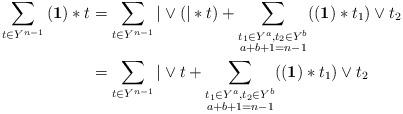
LaTeX: \begin{align*} \sum_{t\in Y^{n-1}} \mathbf{(1)}\ast t &= \sum_{t\in Y^{n-1}}|\vee (|\ast t) + \sum_{\substack{t_1\in Y^{a},t_2\in Y^b\\ a+b+1=n-1}}(\mathbf{(1)}\ast t_1)\vee t_2\\ &=\sum_{t\in Y^{n-1}}|\vee t + \sum_{\substack{t_1\in Y^{a},t_2\in Y^b\\ a+b+1=n-1}}(\mathbf{(1)}\ast t_1)\vee t_2 \end{align*}